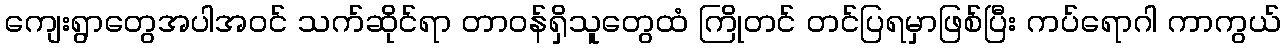
ကျေးရွာတွေအပါအဝင် သက်ဆိုင်ရာ တာဝန်ရှိသူတွေထံ ကြိုတင် တင်ပြရမှာဖြစ်ပြီး ကပ်ရောဂါ ကာကွယ်